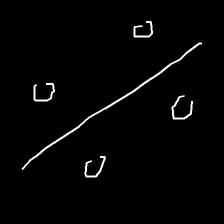
Glyph: cool